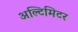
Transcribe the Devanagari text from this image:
अल्टिमिटर